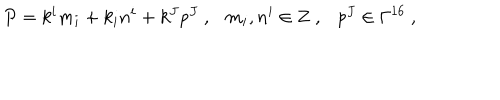
LaTeX: P = k ^ { i } m _ { i } + k _ { i } n ^ { i } + k ^ { J } p ^ { J } ~ , m _ { i } , n ^ { i } \in { \bf Z } ~ , p ^ { J } \in \Gamma ^ { 1 6 } ~ ,